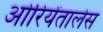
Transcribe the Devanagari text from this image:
ओरियेंतालेस